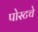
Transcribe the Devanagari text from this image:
पोस्टचे